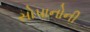
સોપાનોની